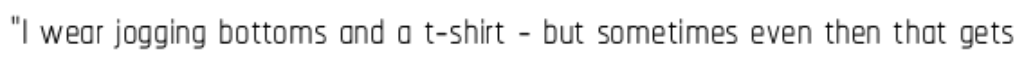
"I wear jogging bottoms and a t-shirt - but sometimes even then that gets